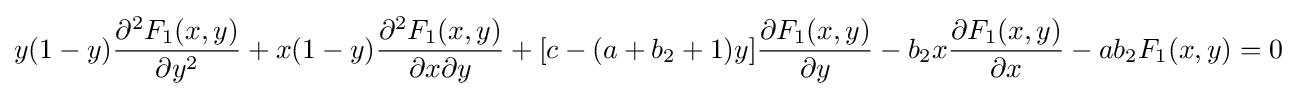
y(1-y){\frac {\partial ^{2}F_{1}(x,y)}{\partial y^{2}}}+x(1-y){\frac {\partial ^{2}F_{1}(x,y)}{\partial x\partial y}}+[c-(a+b_{2}+1)y]{\frac {\partial F_{1}(x,y)}{\partial y}}-b_{2}x{\frac {\partial F_{1}(x,y)}{\partial x}}-ab_{2}F_{1}(x,y)=0